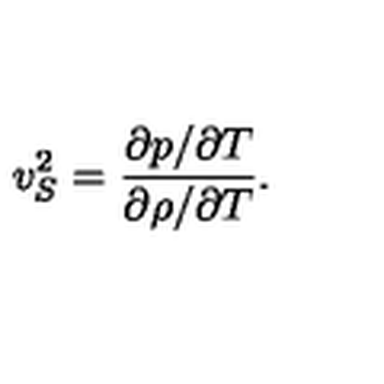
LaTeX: v _ { S } ^ { 2 } = \frac { \partial p / \partial T } { \partial \rho / \partial T } .